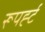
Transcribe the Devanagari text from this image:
रूपर्ह्ट